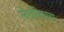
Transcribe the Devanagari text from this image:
लेखनिकाचा